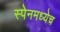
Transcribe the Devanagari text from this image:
स्पेनमध्येच